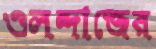
ওলন্দাজের